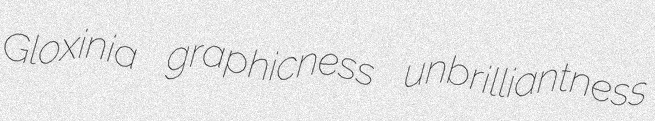
Gloxinia graphicness unbrilliantness